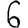
Digit: 6